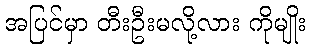
အပြင်မှာ တီးဦးမလို့လား ကိုမျိုး